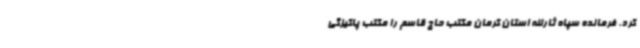
کرد. فرمانده سپاه ثارالله استان کرمان مکتب حاج قاسم را مکتب پاکیزگی